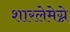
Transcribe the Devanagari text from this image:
शारलेमेग्ने